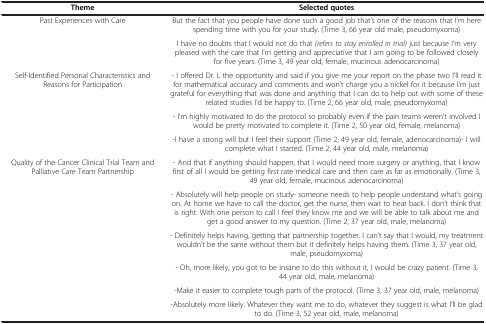
| Theme | Selected quotes |
 | --- | --- |
 | <ROWSPAN=2> Past Experiences with Care | But the fact that you people have done such a good job that’s one of the reasons that I’m here spending time with you for your study. (Time 3, 66 year old male, pseudomyxoma) |
 | I have no doubts that I would not do that (refers to stay enrolled in trial) just because I’m very pleased with the care that I’m getting and appreciative that I am going to be followed closely for five years. (Time 3, 49 year old, female, mucinous adenocarcinoma) |
 | <ROWSPAN=3> Self-Identified Personal Characteristics and Reasons for Participation | - I offered Dr. L the opportunity and said if you give me your report on the phase two I’ll read it for mathematical accuracy and comments and won’t charge you a nickel for it because I’m just grateful for everything that was done and anything that I can do to help out with some of these related studies I’d be happy to. (Time 2, 66 year old, male, pseudomyxoma) |
 | - I’m highly motivated to do the protocol so probably even if the pain teams weren’t involved I would be pretty motivated to complete it. (Time 2, 50 year old, female, melanoma) |
 | -I have a strong will but I feel their support (Time 2, 49 year old, female, adenocarcinoma)- I will complete what I started. (Time 2, 44 year old, male, melanoma) |
 | <ROWSPAN=5> Quality of the Cancer Clinical Trial Team and Palliative Care Team Partnership | - And that if anything should happen, that I would need more surgery or anything, that I know first of all I would be getting first rate medical care and then care as far as emotionally. (Time 3, 49 year old, female, mucinous adenocarcinoma) |
 | - Absolutely will help people on study- someone needs to help people understand what’s going on. At home we have to call the doctor, get the nurse, then wait to hear back. I don’t think that is right. With one person to call I feel they know me and we will be able to talk about me and get a good answer to my question. (Time 2, 37 year old, male, melanoma) |
 | - Definitely helps having, getting that partnership together. I can’t say that I would, my treatment wouldn’t be the same without them but it definitely helps having them. (Time 3, 37 year old, male, pseudomyxoma) |
 | - Oh, more likely, you got to be insane to do this without it, I would be crazy patient. (Time 3, 44 year old, male, melanoma) |
 | -Make it easier to complete tough parts of the protocol. (Time 3, 37 year old, male, melanoma) |
 |  | -Absolutely more likely. Whatever they want me to do, whatever they suggest is what I’ll be glad to do. (Time 3, 52 year old, male, melanoma) |